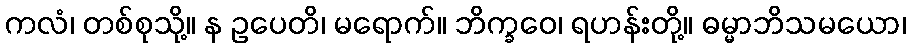
ကလံ၊ တစ်စုသို့။ န ဥပေတိ၊ မရောက်။ ဘိက္ခဝေ၊ ရဟန်းတို့။ ဓမ္မာဘိသမယော၊